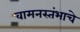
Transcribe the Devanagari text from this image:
वामनस्तंभाचे